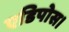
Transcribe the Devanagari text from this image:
एडिपोस।